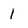
Character: 1